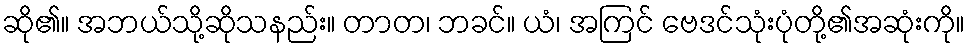
ဆို၏။ အဘယ်သို့ဆိုသနည်း။ တာတ၊ ဘခင်။ ယံ၊ အကြင် ဗေဒင်သုံးပုံတို့၏အဆုံးကို။